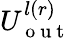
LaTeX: U_{\mathrm{~o~u~t~}}^{l(r)}